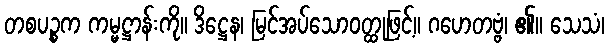
တစပဉ္စက ကမ္မဋ္ဌာန်းကို။ ဒိဋ္ဌေန၊ မြင်အပ်သောဝတ္ထုဖြင့်။ ဂဟေတဗ္ဗံ၊ ၏။ သေသံ၊